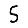
Digit: 5